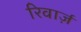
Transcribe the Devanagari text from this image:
रिवार्ज़